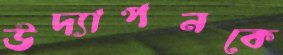
উদ্যাপনকে